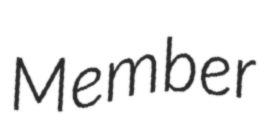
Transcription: Member